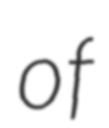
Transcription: of